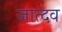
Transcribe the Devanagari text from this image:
जात्दव